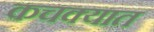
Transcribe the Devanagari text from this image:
कचक्यात